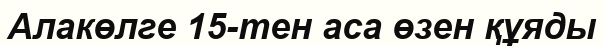
Алакөлге 15-тен аса өзен құяды